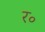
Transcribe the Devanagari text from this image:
र॰